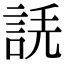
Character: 𧧲